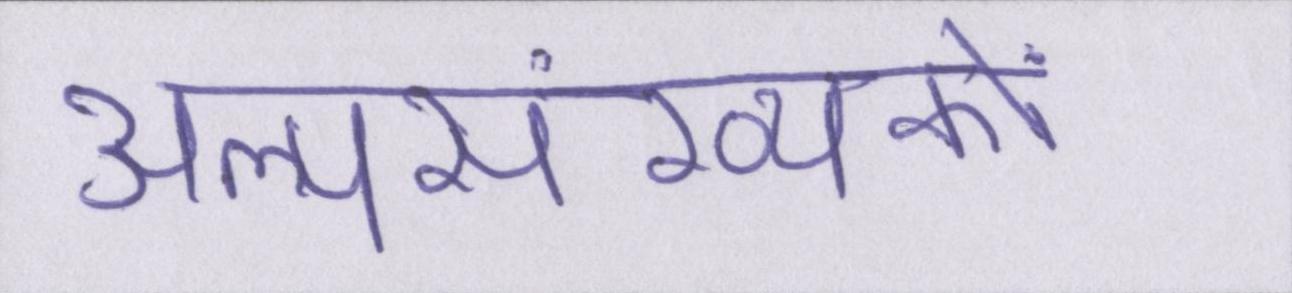
अल्पसंख्यकों